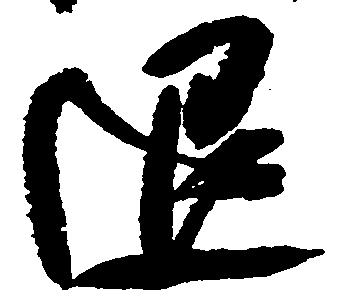
退